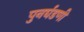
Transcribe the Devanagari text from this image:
पुनर्घडणी